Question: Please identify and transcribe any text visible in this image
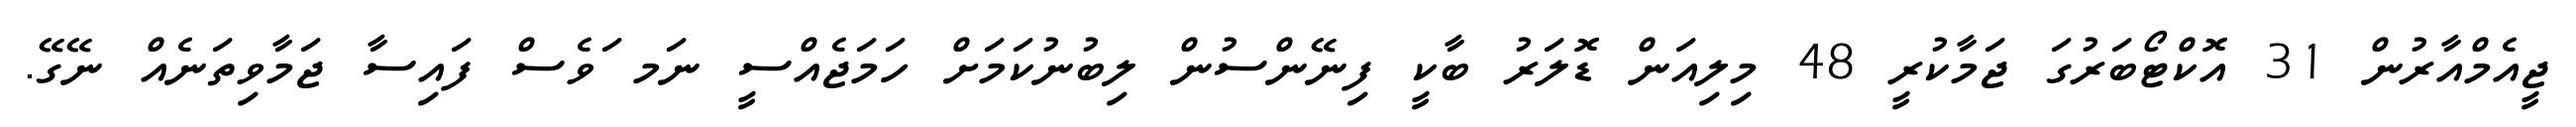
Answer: ޖީއެމްއާރުން 31 އޮކްޓޯބަރުގަ ޖަމާކުރީ 48 މިލިއަން ޑޮލަރު ބާކީ ފިނޭންސުން ލިބުނުކަމަށް ހަމަޖެއްސީ ނަމ ަވެސް ފައިސާ ޖަމާވިތަނެއް ނޭގޭ.